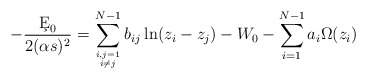
\begin{align*}- {\c E _0\over2(\alpha s)^2} = \sum_{{i,j=1\atop i\not=j}}^{N-1} b_{ij} \ln (z_i-z_j ) - W_0 - \sum _ {i=1}^{N-1} a_i \Omega (z_i)\end{align*}